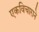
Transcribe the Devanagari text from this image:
एकविचाराने